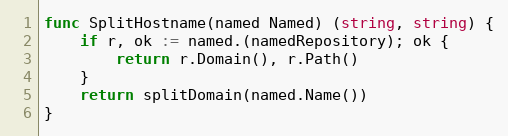
Language: Go
func SplitHostname(named Named) (string, string) {
	if r, ok := named.(namedRepository); ok {
		return r.Domain(), r.Path()
	}
	return splitDomain(named.Name())
}